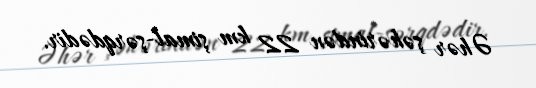
Əhər şəhərindən 22 km şimal-şərqdədir.